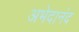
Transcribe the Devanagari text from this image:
अभेदानंद